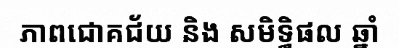
ភាពជោគជ័យ និង សមិទ្ធិផល ឆ្នាំ